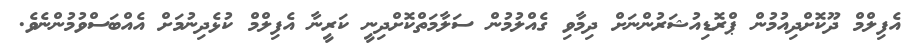
އެފިލްމް ދޫކޮށްދިއުމުން ޕްރޮޑިއުޝަރުންނަށް ދިމާވި ގެއްލުމުން ސަލާމަތްކޮށްދިނީ ކަރީނާ އެފިލްމް ކުޅެދިނުމަށް އެއްބަސްވުމުންނެވެ.